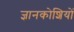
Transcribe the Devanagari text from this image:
ज्ञानकोशियों